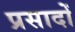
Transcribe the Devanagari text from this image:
प्रसादों